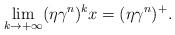
LaTeX: \begin{align*} \lim_{k\rightarrow +\infty}(\eta\gamma^n)^k x=(\eta\gamma^n)^+.\end{align*}